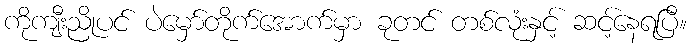
ကိုကျီးညိုပင် ပဲမှော်တိုက်အောက်မှာ ခုတင် တစ်လုံးနှင့် ဆင့်နေရပြီ။